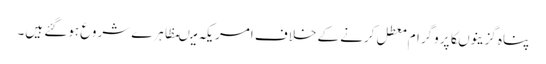
پناہ گزینوںکاپروگرام معطل کرنے کے خلاف امریکہ میںمظاہرے شروع ہوگئے ہیں۔